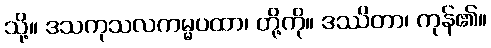
သို့။ ဒသကုသလကမ္မပထာ၊ တို့ကို။ ဒဿိတာ၊ ကုန်၏။